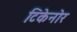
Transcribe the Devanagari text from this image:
टिकेनोर